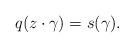
LaTeX: \begin{align*}q(z \cdot \gamma) = s(\gamma).\end{align*}